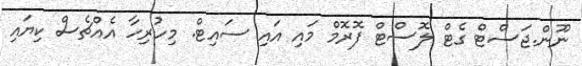
ނޫން.ޖަސްޓް ގެޓް ލޮސްޓް ފޮރޮމް މައި އައި ސައިޓް. މިހުރިހާ އެއްޗެސް ކިޔައި